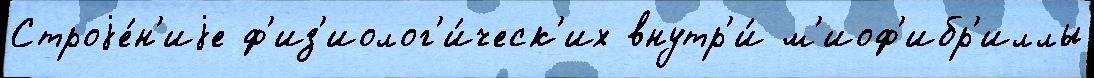
Строjе́н'иjе ф'из'иолог'и́ческ'их внутр'и́ м'иоф'ибр'иллы